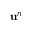
\ensuremath { \mathbf { u } } ^ { n }